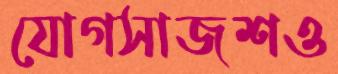
যোগসাজশও